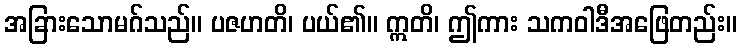
အခြားသောမဂ်သည်။ ပဇဟတိ၊ ပယ်၏။ ဣတိ၊ ဤကား သကဝါဒီအဖြေတည်း။